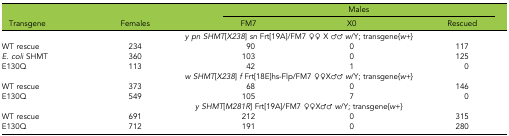
|  |  | <COLSPAN=3> Males |
 | Transgene | Females | FM7 | X0 | Rescued |
 | --- | --- | --- | --- | --- |
 |  | <COLSPAN=4> y pn SHMT[X238] sn Frt[19A]/FM7 ♀♀ X ♂♂ w/Y; transgene{w+} |
 | WT rescue | 234 | 90 | 0 | 117 |
 | E. coli SHMT | 360 | 103 | 0 | 125 |
 | E130Q | 113 | 42 | 1 | 0 |
 |  | <COLSPAN=4> w SHMT[X238] f Frt[18E]hs-Flp/FM7 ♀♀X♂♂ w/Y; transgene{w+} |
 | WT rescue | 373 | 68 | 0 | 146 |
 | E130Q | 549 | 105 | 7 | 0 |
 |  | <COLSPAN=4> y SHMT[M281R] Frt[19A]/FM7 ♀♀X♂♂ w/Y; transgene{w+} |
 | WT rescue | 691 | 212 | 0 | 315 |
 | E130Q | 712 | 191 | 0 | 280 |